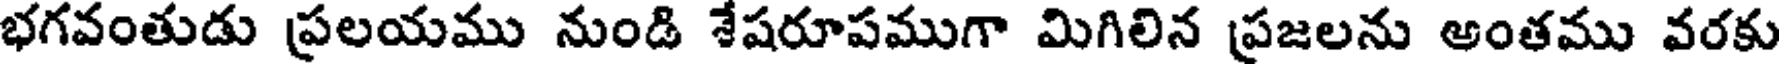
భగవంతుడు ప్రలయము నుండి శేషరూపముగా మిగిలిన ప్రజలను అంతము వరకు